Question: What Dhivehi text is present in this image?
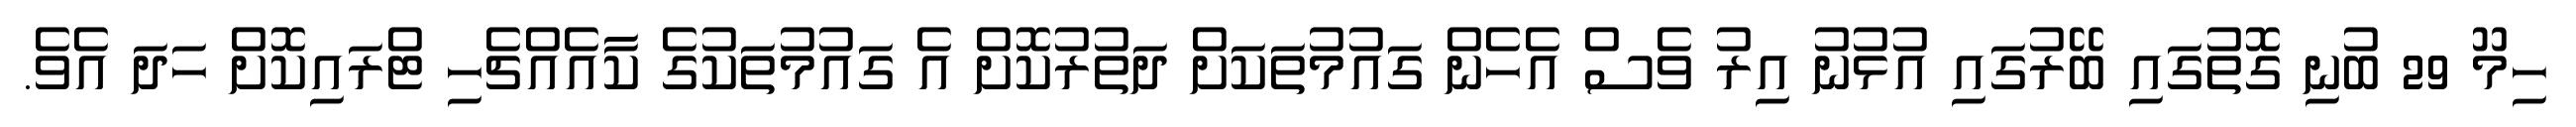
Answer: ހިމޫ 29 ބުނި ގޮތުގައި ބޭރުގައި އުޅުނު އިރު ވެސް އެހެން ގައުމުތަކަށް ދަތުރުކޮށް އެ ގައުމުތަކުގެ ކާއެއްޗެހި ޓްރައިކޮށް ހަދަ އެވެ.